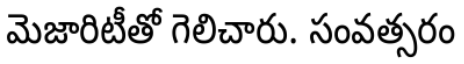
మెజారిటీతో గెలిచారు. సంవత్సరం